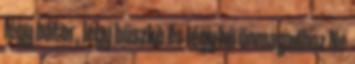
légy bátor, légy büszke és légy hű önmagadhoz Ne